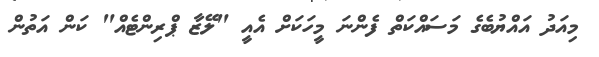
މިއަދު އައްޔުބެގެ މަސައްކަތް ފެންނަ މީހަކަށް އެއީ "ލޭޒާ ޕްރިންޓެއް" ކަން އަތުން